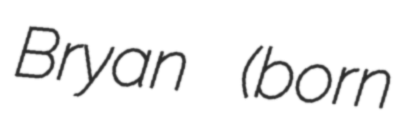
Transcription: Bryan (born